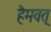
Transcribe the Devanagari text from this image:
हैमवत्